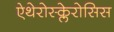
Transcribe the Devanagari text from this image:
ऐथेरोस्क्लेरोसिस